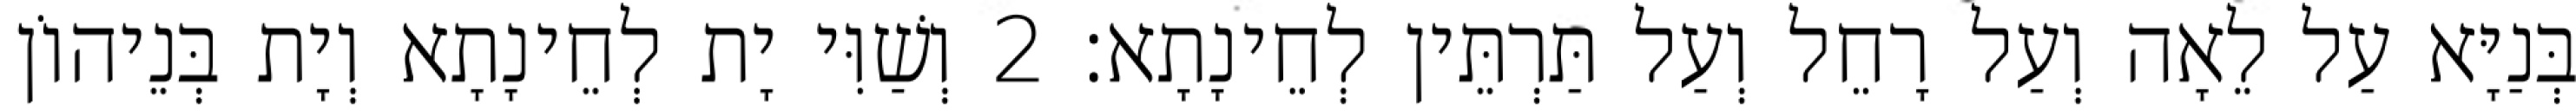
בְּנַיָּא עַל לֵאָה וְעַל רָחֵל וְעַל תַּרְתֵּין לְחֵינָתָא׃ 2 וְשַׁוִּי יָת לְחֵינָתָא וְיָת בְּנֵיהוֹן